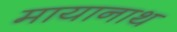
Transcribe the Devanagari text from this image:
मायानाथ